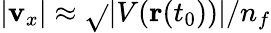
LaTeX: |\mathbf{v}_{x}|\approx\sqrt{}{{|V(\mathbf{{r}}(t_{0}))|/n_{f}}}